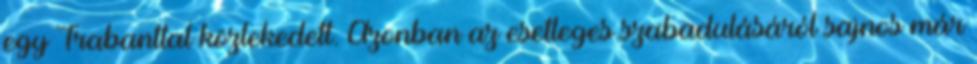
egy Trabanttal közlekedett. Azonban az esetleges szabadulásáról sajnos már